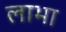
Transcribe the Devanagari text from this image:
लाभा